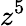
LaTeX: z^{5}